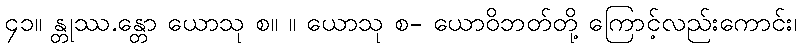
၄၁။ န္တုဿ.န္တော ယောသု စ။ ။ ယောသု စ- ယောဝိဘတ်တို့ ကြောင့်လည်းကောင်း၊